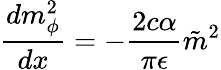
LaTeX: \frac{dm_{\phi}^{2}}{dx}=-\frac{2c\alpha}{\pi\epsilon}\tilde{m}^{2}